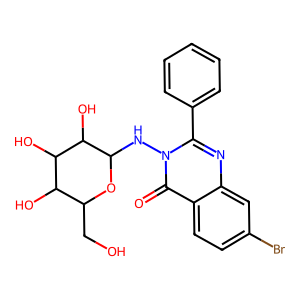
SMILES: O=c1c2ccc(Br)cc2nc(-c2ccccc2)n1NC1OC(CO)C(O)C(O)C1O
Inhibits HIV replication: No